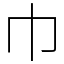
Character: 巾